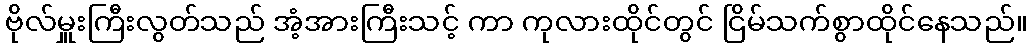
ဗိုလ်မှူးကြီးလွတ်သည် အံ့အားကြီးသင့် ကာ ကုလားထိုင်တွင် ငြိမ်သက်စွာထိုင်နေသည်။